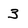
Character: 3